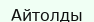
Айтолды